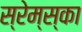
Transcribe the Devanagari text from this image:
स्रेम्स्का